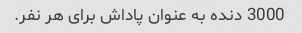
3000 دنده به عنوان پاداش برای هر نفر.